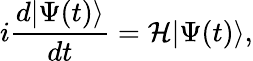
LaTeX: i\frac{d|\Psi(t)\rangle}{dt}=\mathcal{H}|\Psi(t)\rangle,